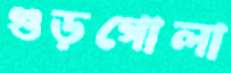
গুড়গোলা